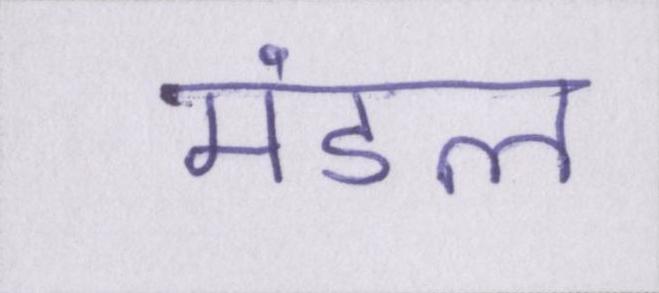
मंडल